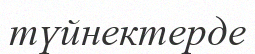
түйнектерде